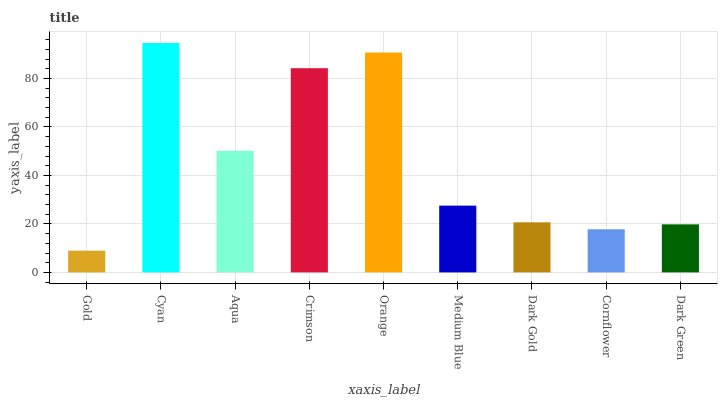
| xaxis_label | bars |
 | --- | --- |
 | Gold | 8.97 |
 | Cyan | 94.6 |
 | Aqua | 50.2 |
 | Crimson | 84.2 |
 | Orange | 90.7 |
 | Medium Blue | 27.5 |
 | Dark Gold | 20.7 |
 | Cornflower | 17.8 |
 | Dark Green | 19.8 |